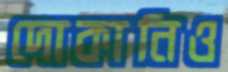
দোকানিও